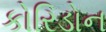
કોરિડોન